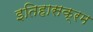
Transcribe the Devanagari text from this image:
इतिहासक्रम